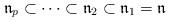
LaTeX: \begin{align*}\mathfrak{n}_p \subset \dots \subset \mathfrak{n}_2 \subset \mathfrak{n}_1= \mathfrak{n}\end{align*}